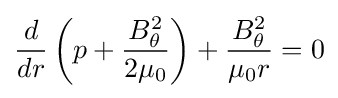
{\frac {d}{dr}}\left(p+{\frac {B_{\theta }^{2}}{2\mu _{0}}}\right)+{\frac {B_{\theta }^{2}}{\mu _{0}r}}=0